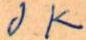
J K